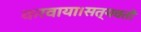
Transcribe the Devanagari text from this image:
करवाया।सत्यवती